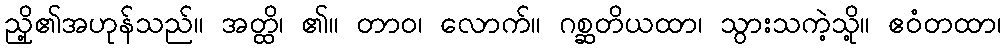
ညှို့၏အဟုန်သည်။ အတ္ထိ၊ ၏။ တာဝ၊ လောက်။ ဂစ္ဆတိယထာ၊ သွားသကဲ့သို့။ ဧဝံတထာ၊